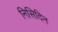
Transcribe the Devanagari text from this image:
निसिदिन